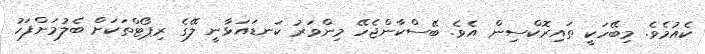
ކެއުމެވެ. މިބޭހަކީ ތައިރޮކްސިން އެވެ. ބޭސްކާންޖެހޭ މިންވަރު ކަނޑައަޅާނީ ލޭގެ ރިޕޯޓްތަކަށް ބެލުމަށްފަހު